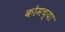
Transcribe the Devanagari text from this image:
कोमच्या